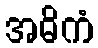
အဓိကံ